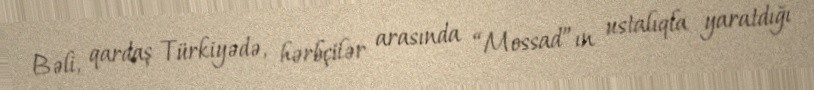
Bəli, qardaş Türkiyədə, hərbçilər arasında “Mossad”ın ustalıqla yaratdığı